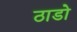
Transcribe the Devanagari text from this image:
ठाडो